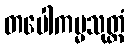
တပေါကမ္မသုတ္တံ